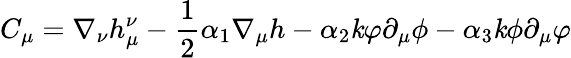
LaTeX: C_{\mu}=\nabla_{\nu}h_{\mu}^{\nu}-\frac{1}{2}\alpha_{1}\nabla_{\mu}h-\alpha_{2}{\mathit k}\varphi\partial_{\mu}\phi-\alpha_{3}{\mathit k}\phi\partial_{\mu}\varphi